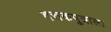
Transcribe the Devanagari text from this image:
दत्तकपुत्राला